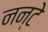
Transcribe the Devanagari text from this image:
नन्टे